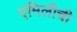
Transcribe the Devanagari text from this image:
एमिलीची